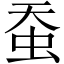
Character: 蚕